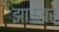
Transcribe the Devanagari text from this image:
झाऊबर